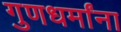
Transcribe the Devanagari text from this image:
गुणधर्मांना